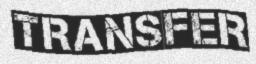
TRANSFER